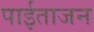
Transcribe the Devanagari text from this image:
पाईताजन